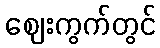
ဈေးကွက်တွင်